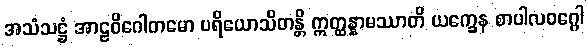
အသံသဋ္ဌံ အာဠဝိဂေါတမော ပရိယောသိတန္တိ ဣတ္ထန္နာမဿာတိ ယက္ခေန စာပါလဝဂ္ဂေါ